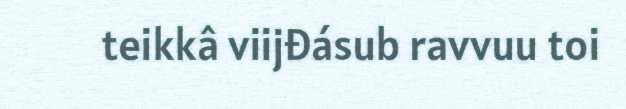
teikkâ viijđásub ravvuu toi